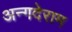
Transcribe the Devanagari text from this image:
अन्गदेराम